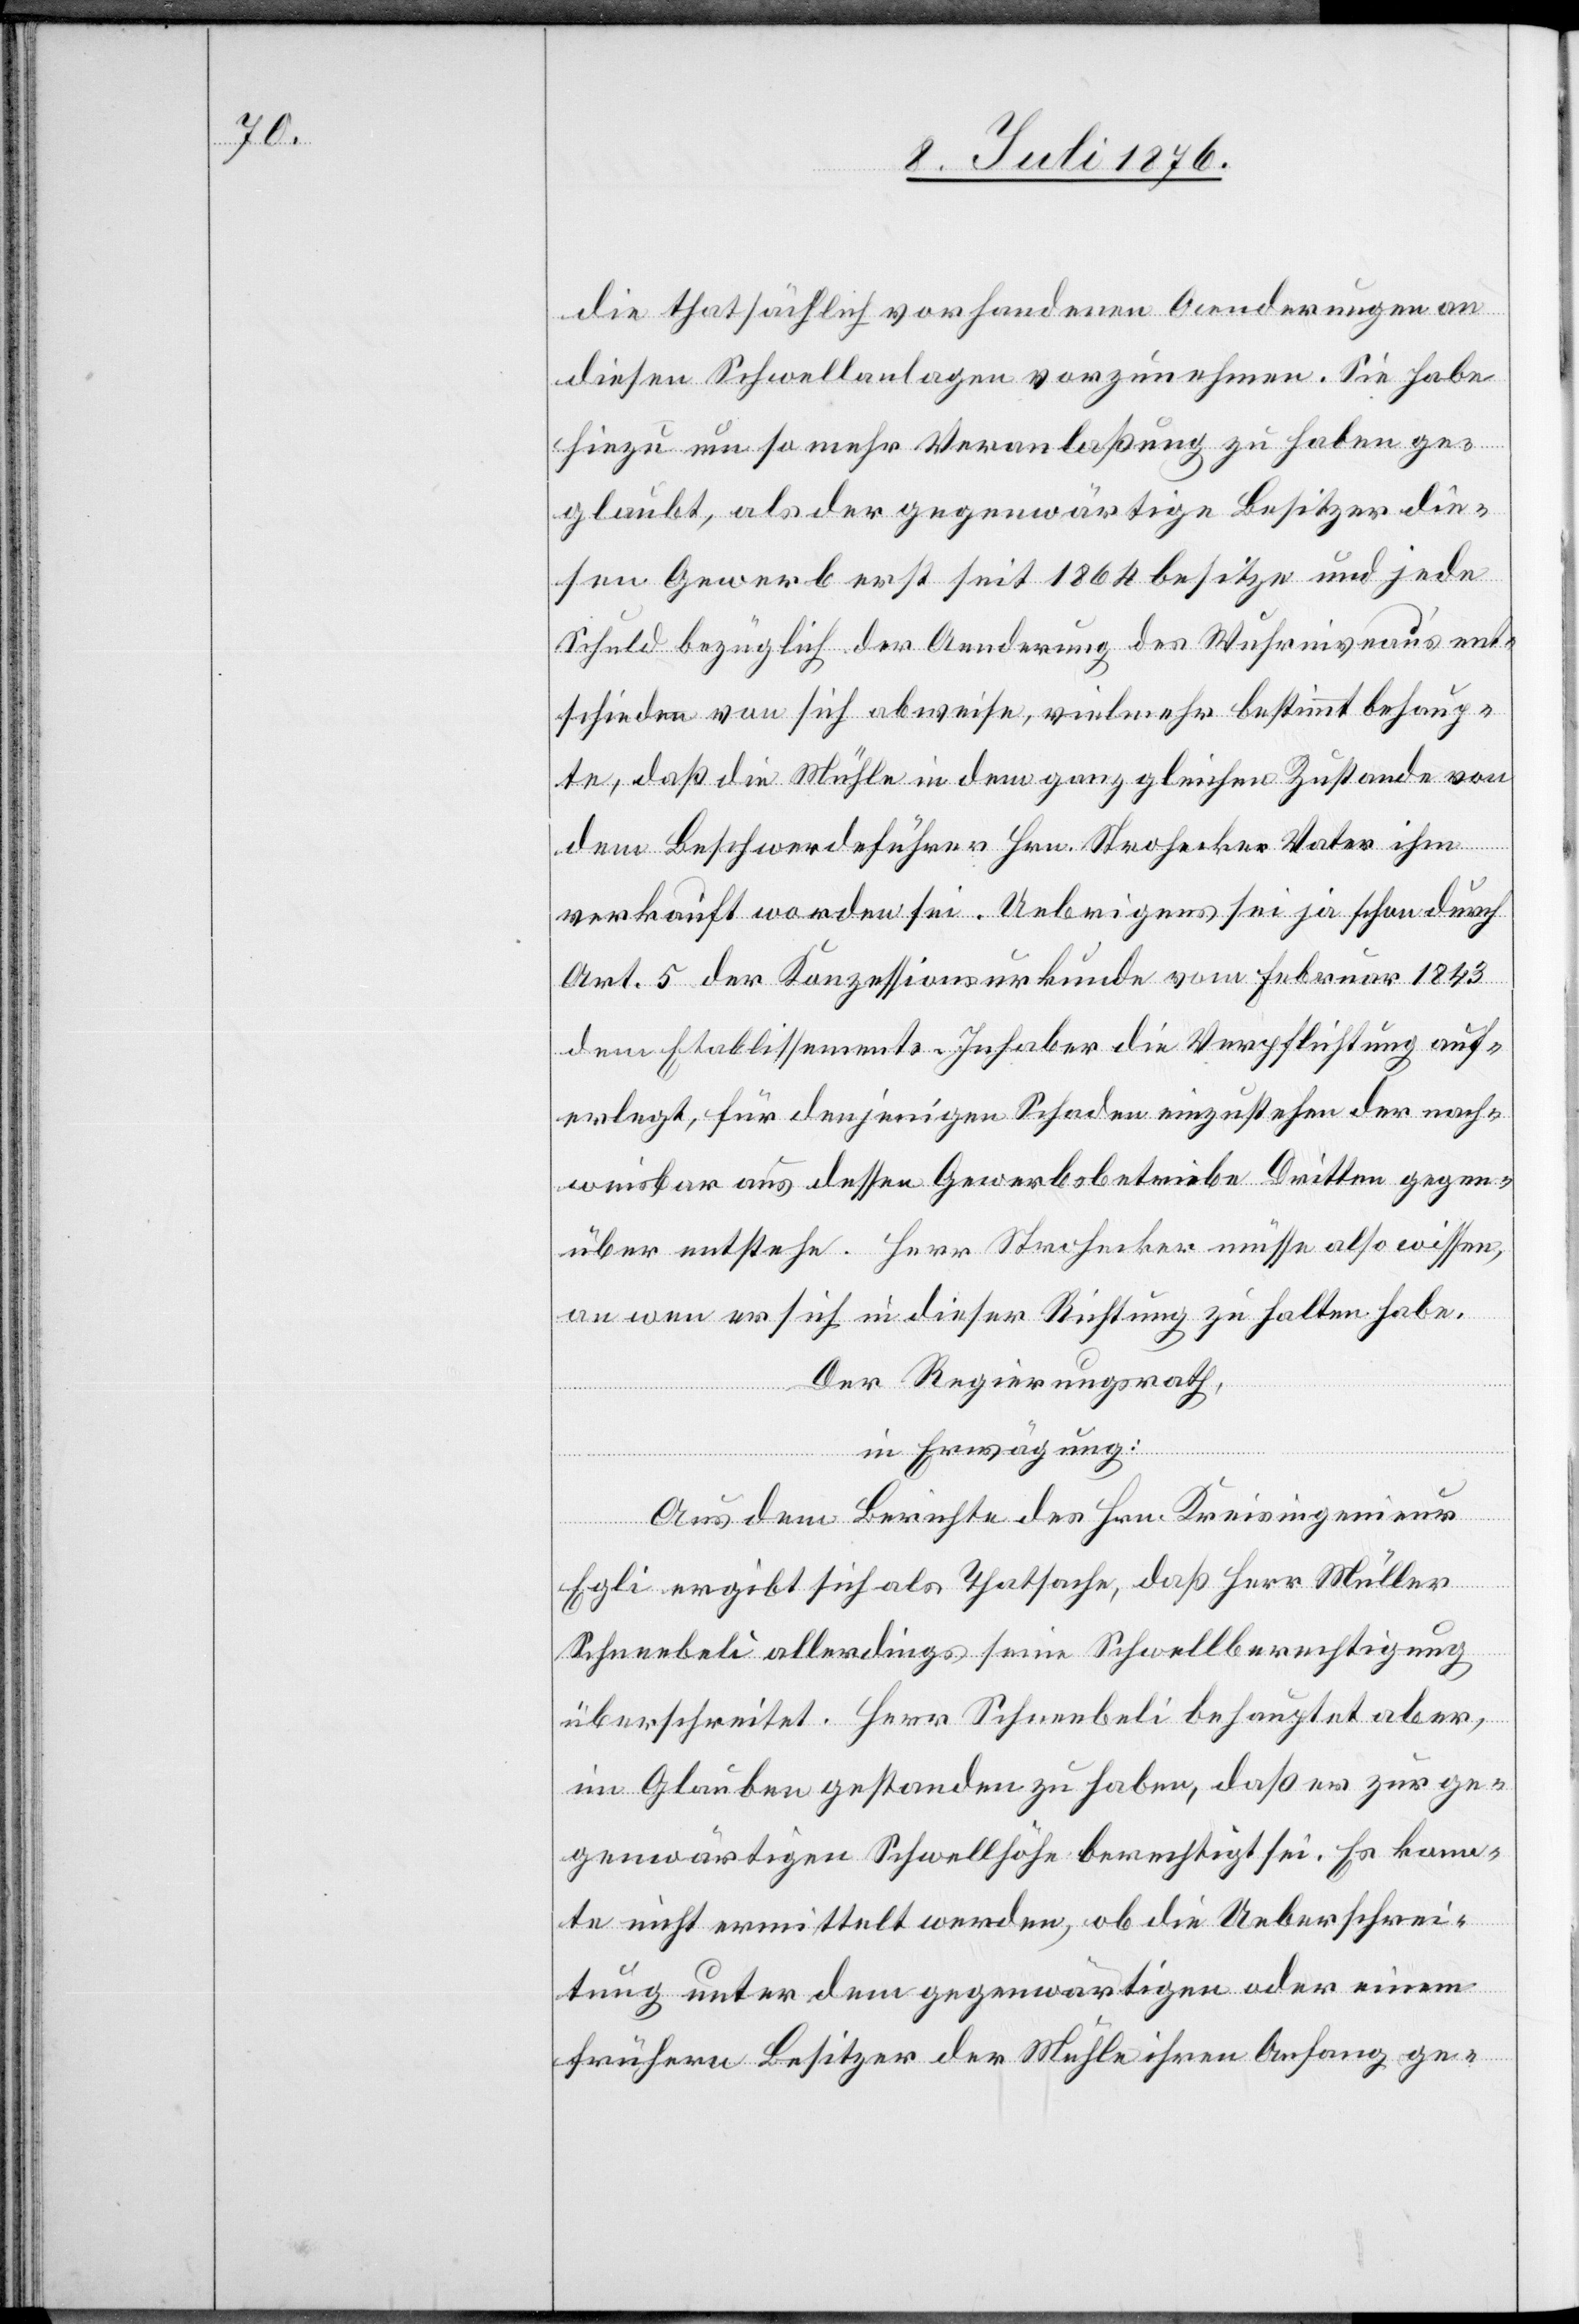
die thatsächlich vorhandenen Aenderungen an
diesen Schwellanlagen vorzunehmen. Sie habe
hiezu um so mehr Veranlaßung zu haben ge¬
glaubt, als der gegenwärtige Besitzer die¬
sen Gewerb erst seit 1864 besitze und jede
Schuld bezüglich der Aenderung des Wuhrniveaus ent¬
schieden von sich abweise, vielmehr bestimmt behaup¬
te, daß die Mühle in dem ganz gleichen Zustande von
dem Beschwerdeführer Hrn. Strohecker Vater ihm
verkauft worden sei. Uebrigens sei ja schon durch
Art 5 der Konzessionsurkunde vom Februar 1843
dem Etablissements-Inhaber die Verpflichtung auf¬
erlegt, für denjenigen Schaden einzustehen der nach¬
weisbar aus dessen Gewerbsbetriebe Dritten gegen¬
über entstehe. Herr Strohecker müsse also wissen,
an wen er sich in dieser Richtung zu halten habe.
Der Regierungsrath,
in Erwägung:
Aus dem Berichte des Hrn. Kreisingenieur
Egli ergibt sich als Thatsache, daß Herr Müller
Schneebeli allerdings seine Schwellberechtigung
überschreitet. Herr Schneebeli behauptet aber,
im Glauben gestanden zu haben, daß er zur ge¬
genwärtigen Schwellhöhe berechtigt sei. Es konn¬
te nicht ermittelt werden, ob die Ueberschrei¬
tung unter dem gegenwärtigen oder einem
frühern Besitzer der Mühle ihren Anfang ge-